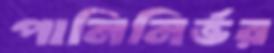
পানিনির্ভর